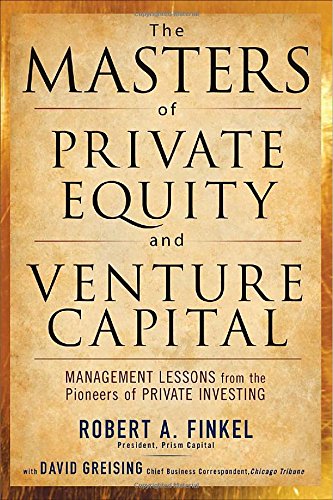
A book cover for The Masters of Private Equity and Venture Capital: Management Lessons from the Pioneers of Private Investing; Robert Finkel; Business & Money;